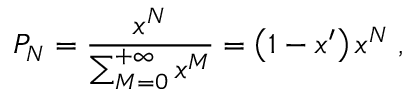
P _ { N } = \frac { x ^ { N } } { \sum _ { M = 0 } ^ { + \infty } x ^ { M } } = \left( 1 - x ^ { \prime } \right) x ^ { N } \; ,